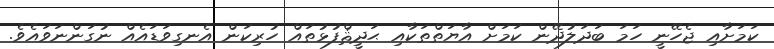
ކަމަށާއި ޖެހޭނީ ހަމަ ބަދަލުދޭން ކަމަށް އާޔަތްތަކާއި ޙަދީޘްފުޅުތައް ހުރިކަން އެނގިވަޑައެއް ނުގަންނަވައެވެ.